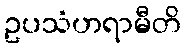
ဥပသံဟရာမီတိ